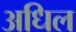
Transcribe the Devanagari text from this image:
अधिल